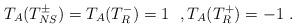
LaTeX: \begin{align*}T_A(T_{NS}^\pm) = T_A(T_{R}^-) = 1 ~~ , T_A(T_{R}^+) = -1 \ .\end{align*}